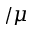
/ \mu